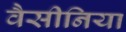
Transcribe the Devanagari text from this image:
वैसीनिया